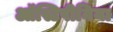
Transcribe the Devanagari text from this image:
ऑस्टिपीनिया